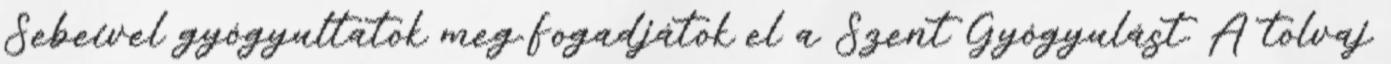
Sebeivel gyógyultatok meg.Fogadjátok el a Szent Gyógyulást. A tolvaj